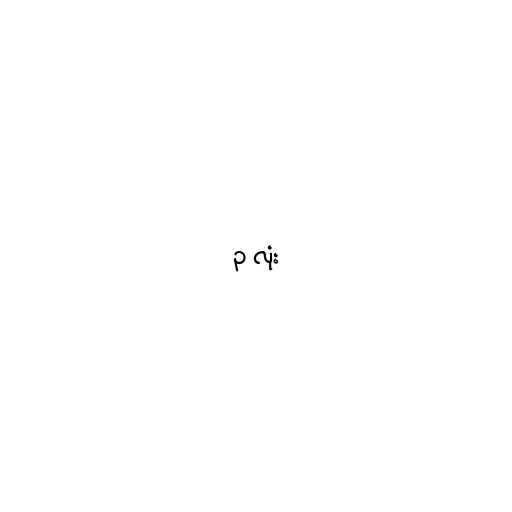
၃ လုံး